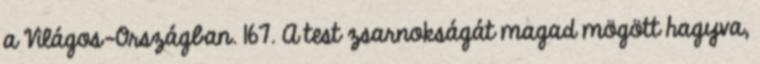
a Világos-Országban. 167. A test zsarnokságát magad mögött hagyva,